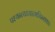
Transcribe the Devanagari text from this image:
पश्यन्त्यध्यात्मचिन्तकाः